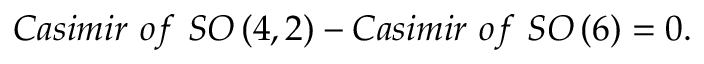
C a s i m i r \, \, o f \, \, S O \left( 4 , 2 \right) - C a s i m i r \, \, o f \, \, S O \left( 6 \right) = 0 .